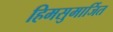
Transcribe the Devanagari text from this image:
हिमसुमार्जित